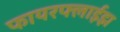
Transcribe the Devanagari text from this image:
फायरफ्लाईझ